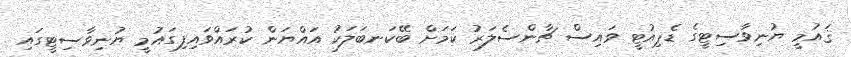
ޤައުމީ ޔުނިވާސިޓީގެ ޑެޕިއުޓީ ވައިސް ޗާންސެލަރު ކަމަށް ބޭކަނބަލަކު އައްޔަން ކުރައްވައިފިގައުމީ ޔުނިވާސިޓީގައި